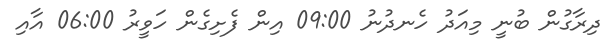
ދިރާގުން ބުނީ މިއަދު ހެނދުނު 09:00 އިން ފެށިގެން ހަވީރު 06:00 އާއި